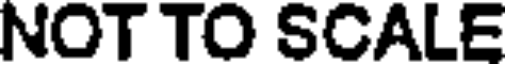
NOT TO SCALE